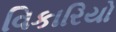
વિકારિયો